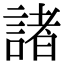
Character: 諸